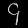
Digit: ၄